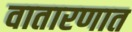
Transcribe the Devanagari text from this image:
वातारणात